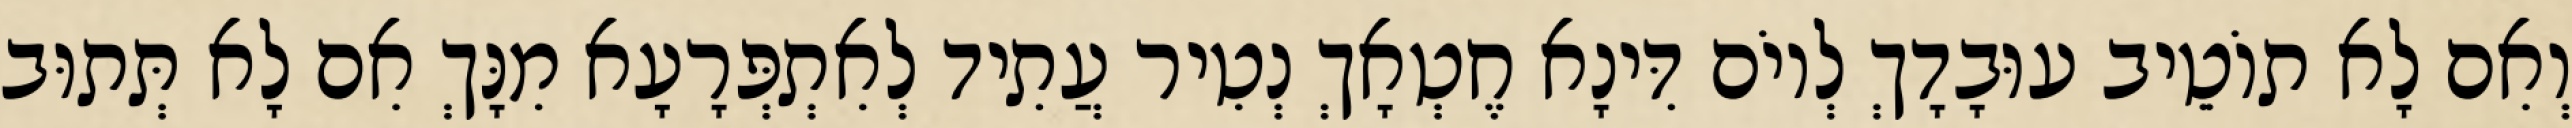
וְאִם לָא תוֹטֵיב עוּבָדָךְ לְיוֹם דִּינָא חֶטְאָךְ נְטִיר עֲתִיד לְאִתְפְּרָעָא מִנָּךְ אִם לָא תְּתוּב